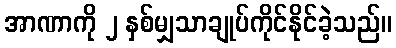
အာဏာကို ၂ နှစ်မျှသာချုပ်ကိုင်နိုင်ခဲ့သည်။